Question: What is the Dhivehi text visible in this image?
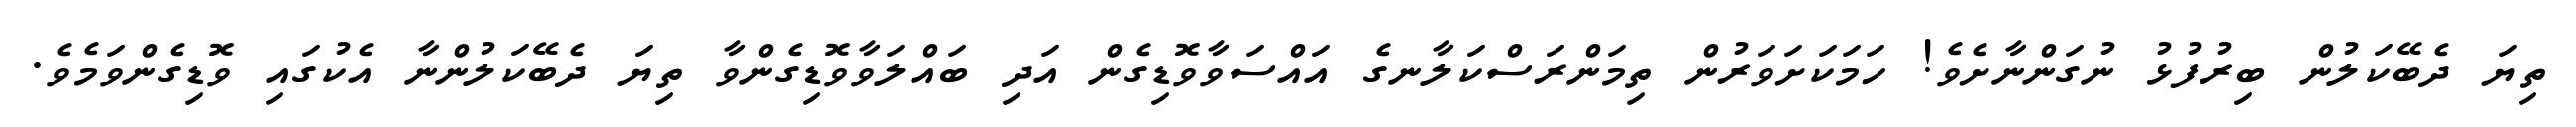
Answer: ތިޔަ ދެބޭކަލުން ބިރުފުޅު ނުގަންނާށެވެ! ހަމަކަށަވަރުން ތިމަންރަސްކަލާނގެ އައްސަވާވޮޑިގެން އަދި ބައްލަވާވޮޑިގެންވާ ތިޔަ ދެބޭކަލުންނާ އެކުގައި ވޮޑިގެންވަމެވެ.